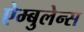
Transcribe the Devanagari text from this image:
ऐम्बुलेन्स